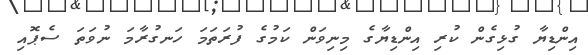
އިންޑިޔާ ގުޅިގެން ކުރި އިންޑިޔާގެ މިނިވަން ކަމުގެ ފުރަތަމަ ހަނގުރާމަ ނުވަތަ ސެޕޮއި